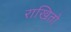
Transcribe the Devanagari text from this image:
राखितो